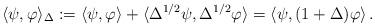
LaTeX: \begin{align*}\langle\psi,\varphi\rangle_\Delta:=\langle\psi,\varphi\rangle+\langle \Delta^{1/2}\psi,\Delta^{1/2}\varphi\rangle=\langle\psi,(1+\Delta)\varphi\rangle\,.\end{align*}